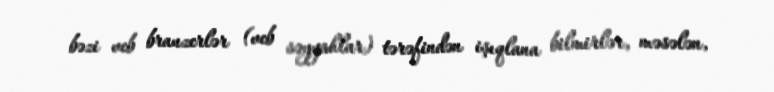
bəzi veb brauzerlər (veb səyyahlar) tərəfindən işıqlana bilmirlər, məsələn,